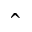
\hat { }